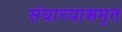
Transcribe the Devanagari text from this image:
संघाच्याअमृत